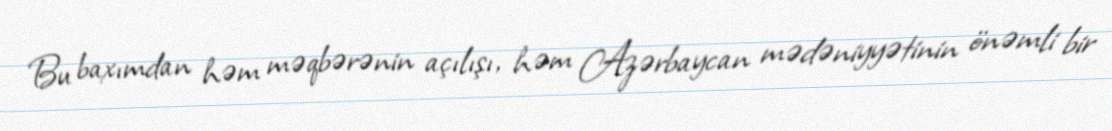
Bu baxımdan həm məqbərənin açılışı, həm Azərbaycan mədəniyyətinin önəmli bir